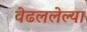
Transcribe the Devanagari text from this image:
वेढललेल्या